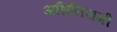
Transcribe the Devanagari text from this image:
अधिनियमी